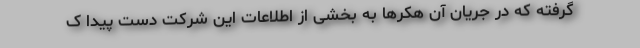
گرفته که در جریان آن هکرها به بخشی از اطلاعات این شرکت دست پیدا ک